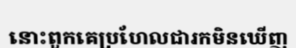
នោះពួកគេប្រហែលជារកមិនឃើញ